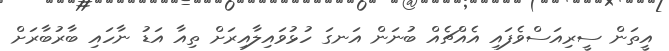
އީތަން ސީރިއަސްވެފައި އެއްޗެއް ބުނަން އަނގަ ހުޅުވައިލާއިރަށް ތިއާ އަޑު ނާހައި ބާރުބާރަށް